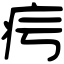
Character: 疞